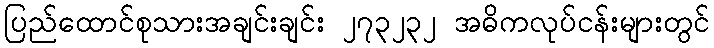
ပြည်ထောင်စုသားအချင်းချင်း ၂၇၃၂၃၂ အဓိကလုပ်ငန်းများတွင်